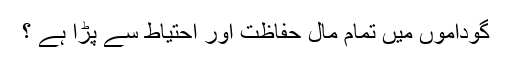
گوداموں میں تمام مال حفاظت اور احتیاط سے پڑا ہے ؟